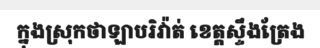
ក្នុងស្រុកថាឡាបរិវ៉ាត់ ខេត្តស្ទឹងត្រែង